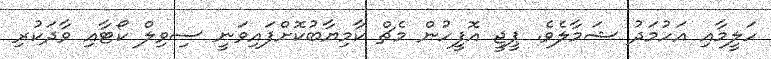
ހަލީމާއި އަހުމަދު ޝަމާލެވެ. ޕީޖީ އޮފީހުން މެޗް ކާމިޔާބުކޮށްފައިވަނީ ސިވިލް ކޯޓާއި ވާދަކުރި